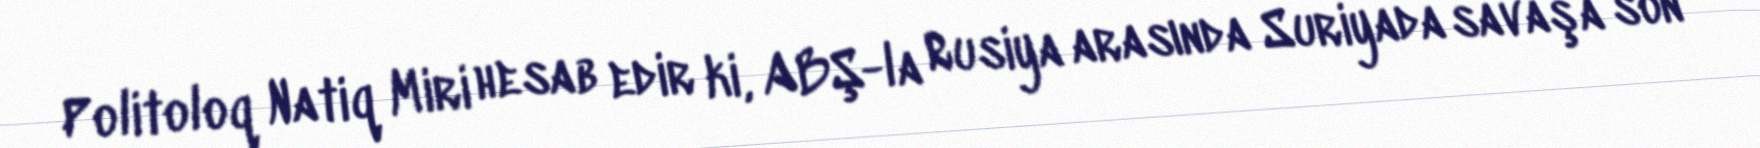
Politoloq Natiq Miri hesab edir ki, ABŞ-la Rusiya arasında Suriyada savaşa son